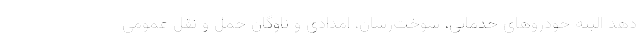
دهد البته خودروهای خدماتی، سوخت‌رسان، امدادی و ناوگان حمل و نقل عمومی